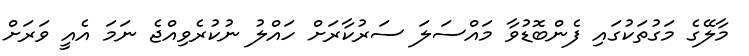
މާލޭގެ މަގުތަކުގައި ފެންބޮޑުވާ މައްސަލަ ސަރުކާރަށް ހައްލު ނުކުރެވިއްޖެ ނަމަ އެއީ ވަރަށް